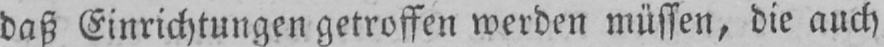
daß Einrichtungen getroffen werden müssen, die auch